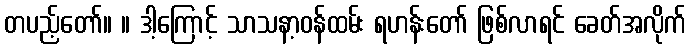
တပည့်တော်။ ။ ဒါ့ကြောင့် သာသနာ့ဝန်ထမ်း ရဟန်းတော် ဖြစ်လာရင် ခေတ်အလိုက်